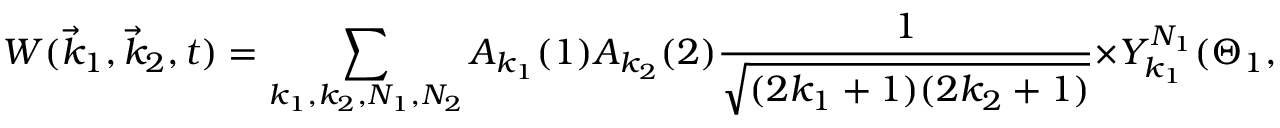
W ( { \vec { k } } _ { 1 } , { \vec { k } } _ { 2 } , t ) = \sum _ { k _ { 1 } , k _ { 2 } , N _ { 1 } , N _ { 2 } } A _ { k _ { 1 } } ( 1 ) A _ { k _ { 2 } } ( 2 ) { \frac { 1 } { \sqrt { ( 2 k _ { 1 } + 1 ) ( 2 k _ { 2 } + 1 ) } } } \times Y _ { k _ { 1 } } ^ { N _ { 1 } } ( \Theta _ { 1 } , \Phi _ { 1 } ) \cdot Y _ { k _ { 2 } } ^ { N _ { 2 } } ( \Theta _ { 2 } , \Phi _ { 2 } ) G _ { k _ { 1 } k _ { 2 } } ^ { N _ { 1 } N _ { 2 } } ( t )